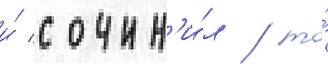
и́ сочин'и́л / то́